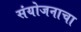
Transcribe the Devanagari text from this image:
संयोजनाचा